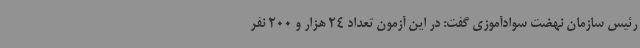
رئیس سازمان نهضت سوادآموزی گفت: در این آزمون تعداد 24 هزار و 200 نفر